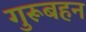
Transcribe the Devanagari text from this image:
गुरूबहन